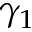
\gamma _ { 1 }